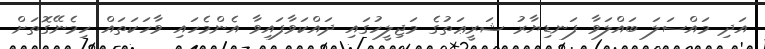
އަދި މައްސަލަ ބައްލަވާ ފަނޑިޔާރު ޝަރީޢަތުގެ މަޖިލީހުގައި ދައްކަވާފައިވާ އެންމެހައި ވާހަކަތައް ހިމެނޭގޮތަށް